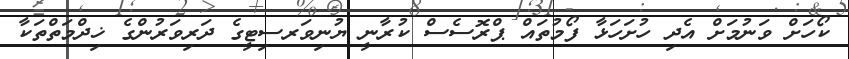
ކޯހަށް ވަނުމަށް އެދި ހުށަހަޅާ ފޯމުތައް ޕްރޮސެސް ކުރާނީ ޔުނިވަރސިޓީގެ ދަރިވަރުންގެ ޚިދްމަތްތަކާ